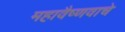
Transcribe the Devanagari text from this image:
महावैष्णवाचे